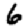
Digit: 6